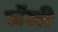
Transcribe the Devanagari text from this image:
जॅली